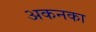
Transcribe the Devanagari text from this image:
अकनका